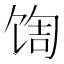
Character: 𬳀